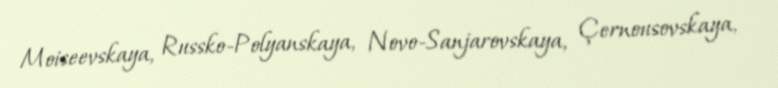
Moiseevskaya, Russko-Polyanskaya, Novo-Sanjarovskaya, Çernousovskaya,